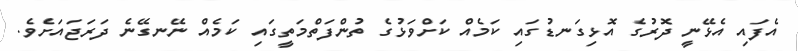
އެފައި އެޅޭނީ ދޮރުގެ އޮޅިގަނޑުގައި ކަމެއް ކަށްވަޅުގެ ތުންފަތްމަތީގައި ކަމެއް ނޭނގޭނެ ދަރަޖައަށެވެ.